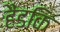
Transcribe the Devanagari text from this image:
हैंडकि